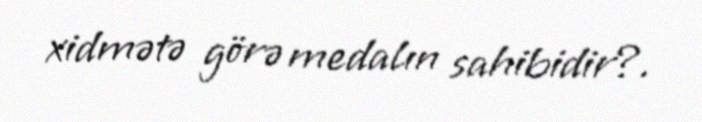
xidmətə görə medalın sahibidir?.